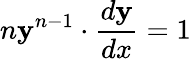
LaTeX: n\mathbf{y}^{n-1}\cdot{\frac{{d\mathbf{y}}}{{dx}}}=1